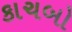
કાચબો